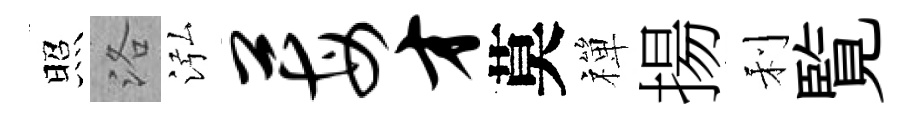
照洛泓莓才莫禪揚利覧